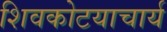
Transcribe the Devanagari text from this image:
शिवकोटयाचार्य